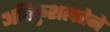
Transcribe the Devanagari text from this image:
अतिकुशलतेने